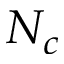
N _ { c }